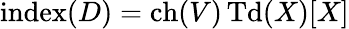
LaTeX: {\textrm{index}}(D)={\textrm{ch}}(V)\, {\textrm{Td}}(X)[X]